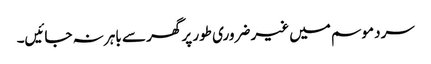
سرد موسم میں غیر ضروری طور پر گھر سے باہر نہ جائیں۔